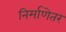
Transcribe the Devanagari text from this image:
निर्माणेतर